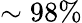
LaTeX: \sim 98\%